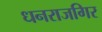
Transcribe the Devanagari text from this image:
धनराजगिर